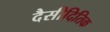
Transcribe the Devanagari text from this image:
दैसीदितिक